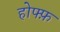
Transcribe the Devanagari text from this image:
होफ्फ़